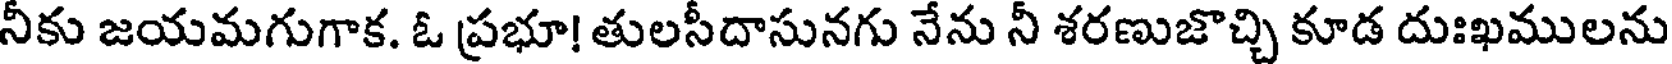
నీకు జయమగుగాక. ఓ ప్రభూ! తులసీదాసునగు నేను నీ శరణుజొచ్చి కూడ దుఃఖములను